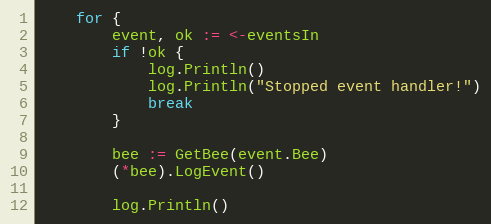
Language: Go
	for {
		event, ok := <-eventsIn
		if !ok {
			log.Println()
			log.Println("Stopped event handler!")
			break
		}

		bee := GetBee(event.Bee)
		(*bee).LogEvent()

		log.Println()